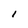
Character: l